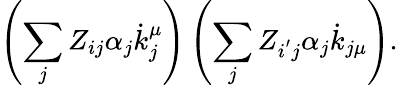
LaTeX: \left(\sum_{j}Z_{ij}\alpha_{j}\dot{k}_{j}^{\mu}\right)\left(\sum_{j}Z_{i^{^{\prime}}j}\alpha_{j}\dot{k}_{j\mu}\right).